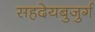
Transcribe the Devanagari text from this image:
सहदेयबुजुर्ग